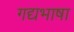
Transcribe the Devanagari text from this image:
गद्यभाषा